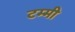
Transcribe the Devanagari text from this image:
टम्मी